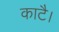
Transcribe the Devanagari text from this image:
काटै।